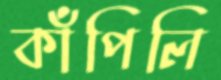
কাঁপিলি